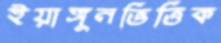
ইয়াঙ্গুনভিত্তিক